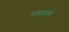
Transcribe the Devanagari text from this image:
यश्नमध्ये